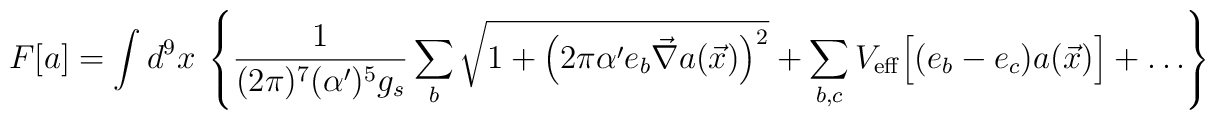
F[a]=\int d^{9}x~\left\{\frac{1}{(2\pi)^7(\alpha')^{5}g_s}\sum_{b}\sqrt{1+\left(2\pi \alpha'e_b\vec\nabla a(\vec x)\right)^2}+\sum_{b,c}V_{\rm eff}\Bigl[(e_b-e_c)a(\vec x)\Bigr]+\dots\right\}